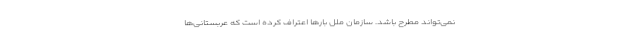
نمی‌تواند مطرح باشد. سازمان ملل بارها اعتراف کرده است که عربستانی‌ها